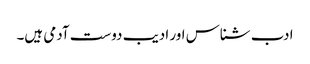
ادب شناس اور ادیب دوست آدمی ہیں۔